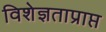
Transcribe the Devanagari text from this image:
विशेज्ञताप्राप्त